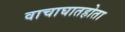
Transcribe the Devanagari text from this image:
वाचाघातहोता